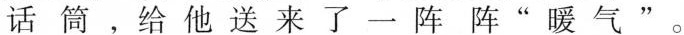
话筒，给他送来了一阵阵“暖气”。